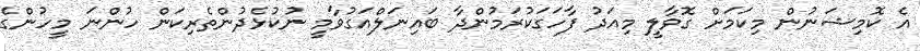
އެ ކޮމިޝަނުން މިކަމަށް ގޮވާލީ މިއަދު ފާހަގަކުރަމުންދާ ބައިނަލްއަގުވާމީ ނުކުޅެދުންތެރިކަން ހުންނަ މީހުންގެ